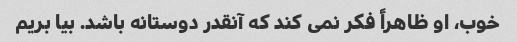
خوب، او ظاهراً فکر نمی کند که آنقدر دوستانه باشد. بیا بریم